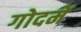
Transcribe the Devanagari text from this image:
गोदमें